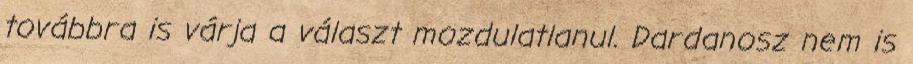
továbbra is várja a választ mozdulatlanul. Dardanosz nem is